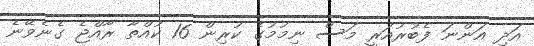
އަދި އަންނަ ފެބުރުއަރީ މަސް ނިމުމުގެ ކުރިން 16 ކުއްތާ ރާއްޖެ ގެނެވޭނެ